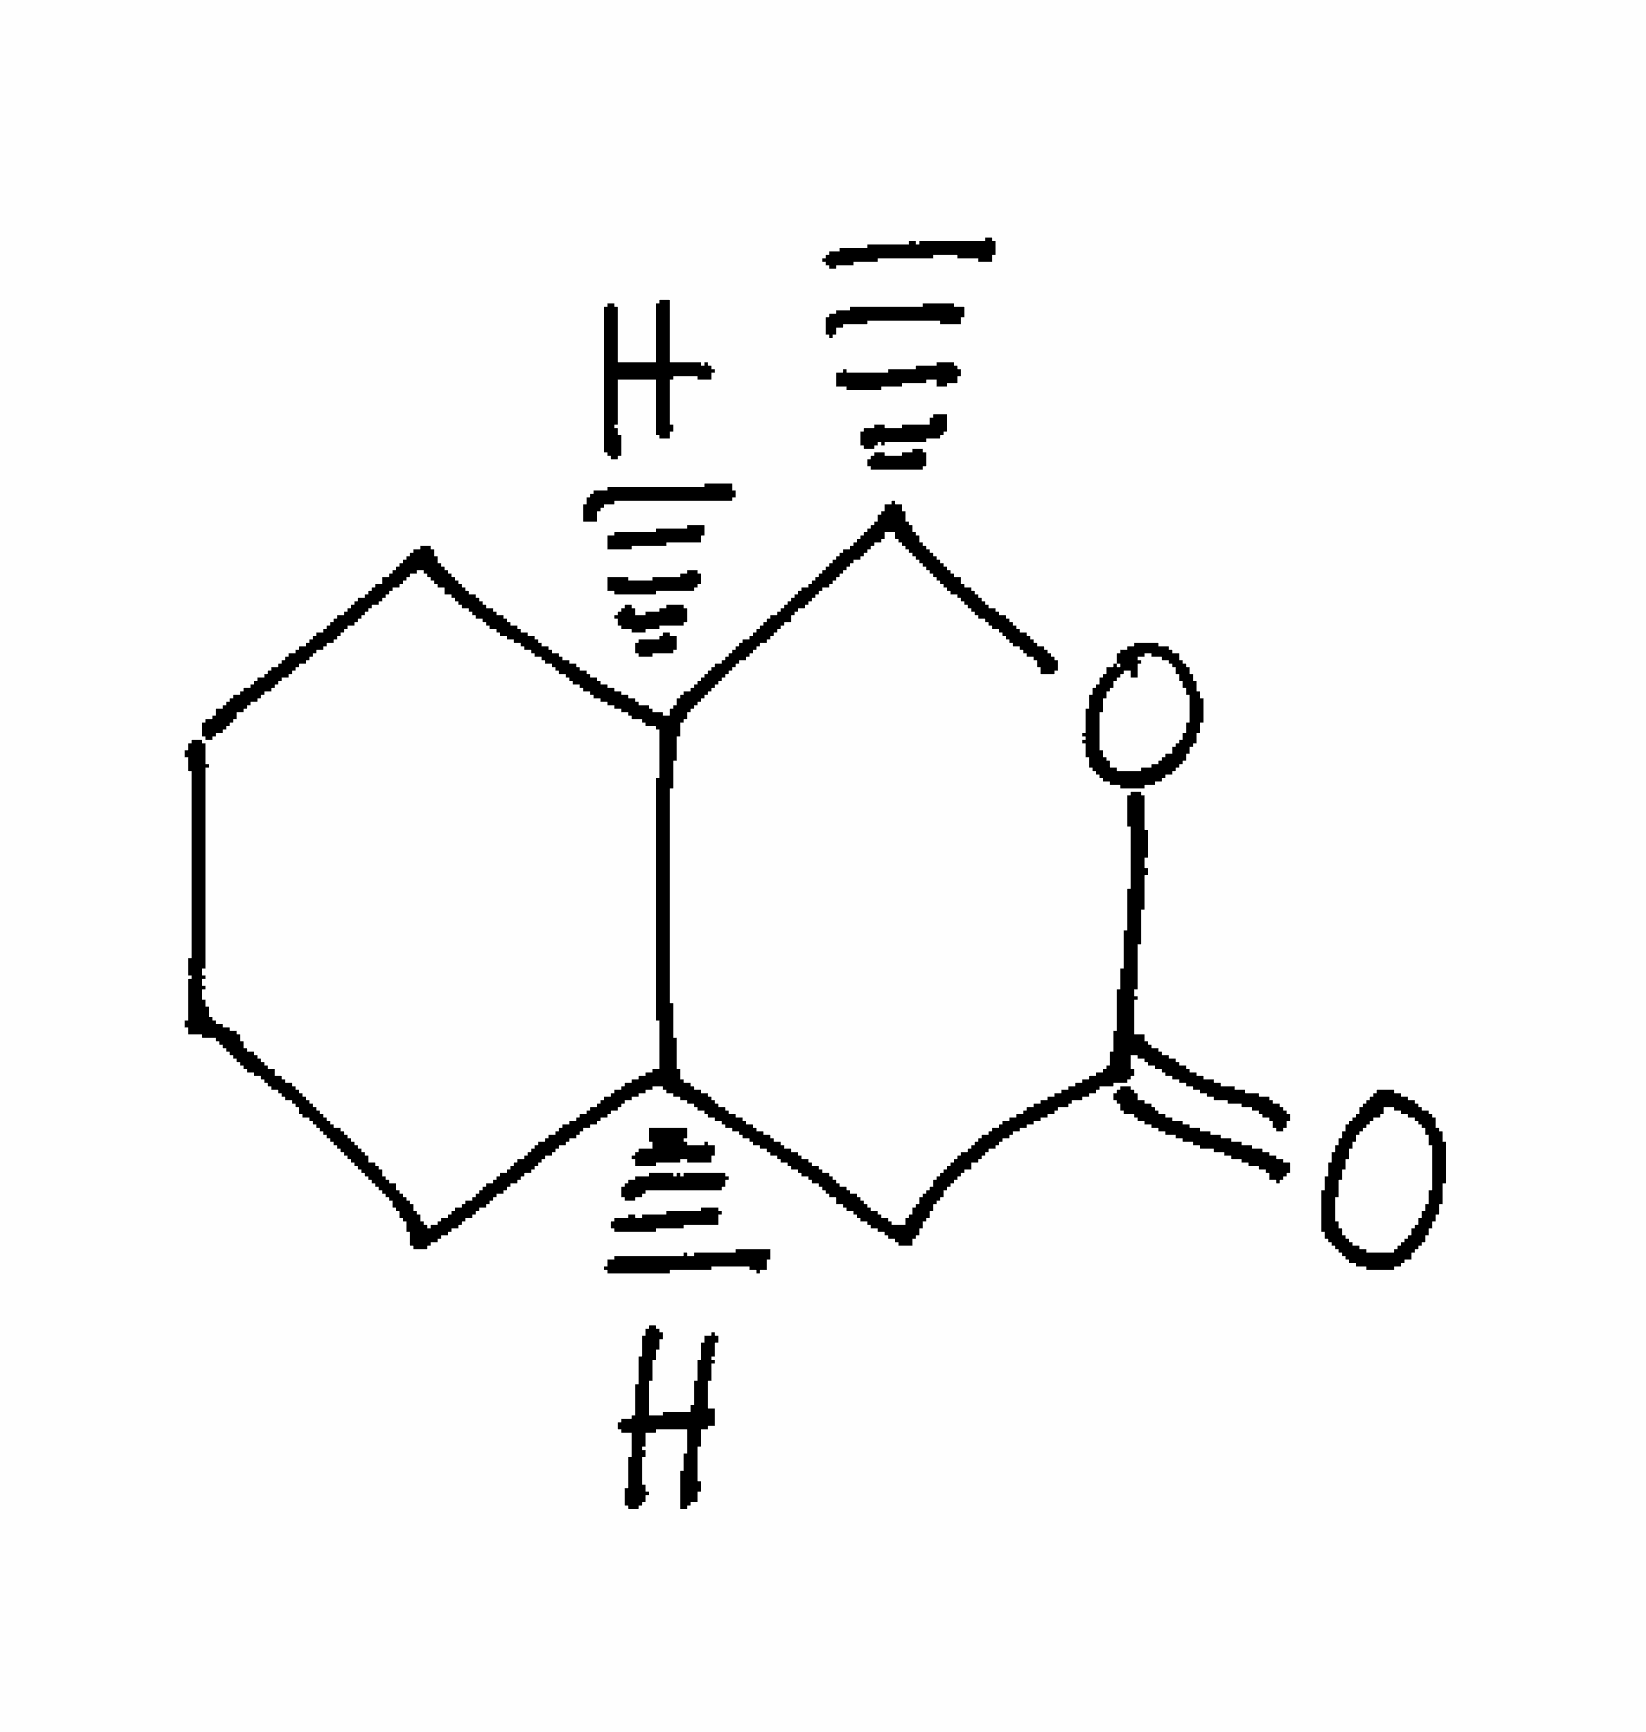
Simplified molecular-input line-entry system (SMILES) notation of the given molecule:
C[C@H]1[C@@H]2CCCC[C@@H]2CC(=O)O1